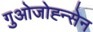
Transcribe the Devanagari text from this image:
गुओजोह्न्सेन